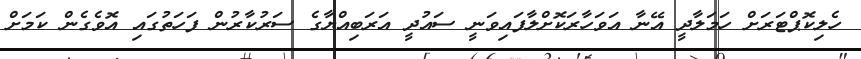
ހެލިކޮޕްޓަރަށް ހަމަލާދީ އޭނާ އަވަހާރަކޮށްލާފައިވަނީ ސައުދީ އަރަބިއްޔާގެ ސަރުކާރުން ފަހަތުގައި އޮވެގެން ކަމަށް